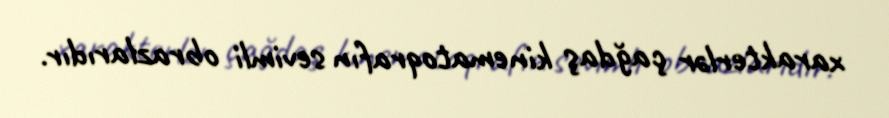
xarakterlər çağdaş kinematoqrafın sevimli obrazlarıdır.